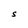
Character: S